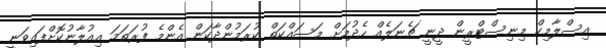
އިސްލާމިކް މިނިސްޓްރީން ދީނީ ޗެނަލެއް ހެދުމަށް މަސައްކަތް ކުރަމުންދާކަން އެންމެ ފުރަތަމަ އިއުލާނުކޮށްފައިވަނީ